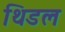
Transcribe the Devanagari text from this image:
थिडल